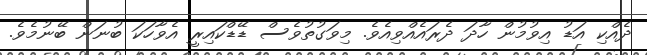
ދެއްކި އަޑު އިވުމުން ހާދަ ދެރައެއްވިއެވެ. މިވަގުތުވެސް ޑޭޑްކައިރީ އެވާހަކަ ބުނަން ބޭނުމެވެ.